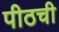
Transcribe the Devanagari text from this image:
पीठची